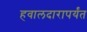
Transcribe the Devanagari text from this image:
हवालदारापर्यंत